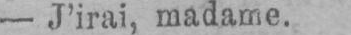
- J’irai, madame.